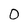
Character: 0